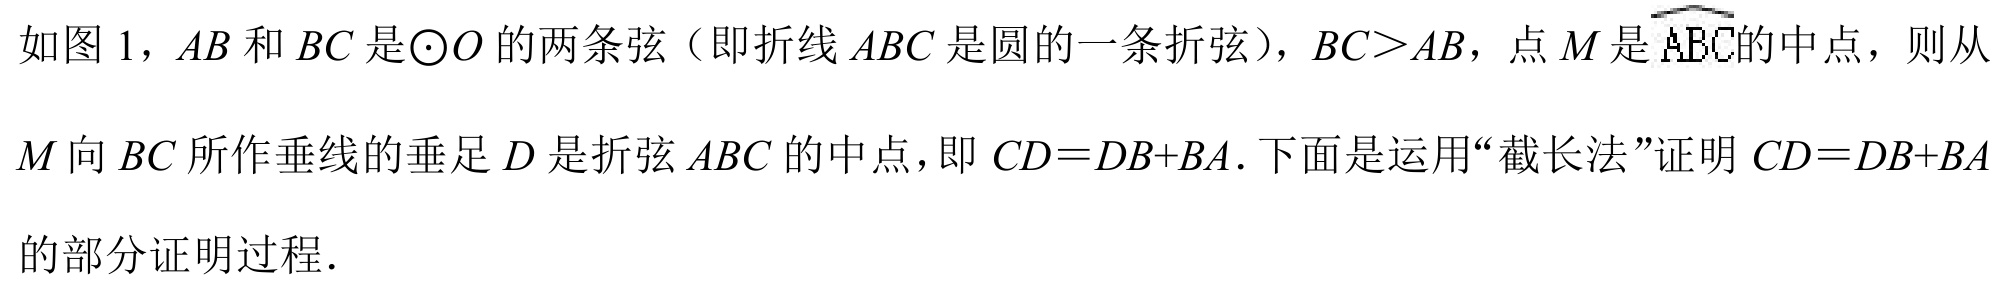
如图 1，\(AB\)和\(BC\)是\(\odot O\)的两条弦（即折线\(ABC\)是圆的一条折弦），\(BC>AB\)，点\(M\)是\(\overset{\frown}{ABC}\)的中点，则从\(M\)向\(BC\)所作垂线的垂足\(D\)是折弦\(ABC\)的中点，即\(CD = DB + BA\). 下面是运用“截长法”证明\(CD = DB + BA\)的部分证明过程．